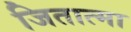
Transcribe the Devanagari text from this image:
जितात्मा